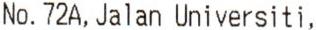
NO. 72A, JALAN UNIVERSITI,